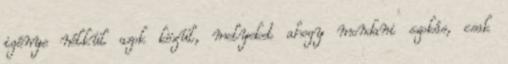
igénye nélkül azok közül, melyeket ahogy mondani szokás, csak